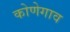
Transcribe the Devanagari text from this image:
कोणेगाव